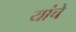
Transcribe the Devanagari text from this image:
यांचेेेे